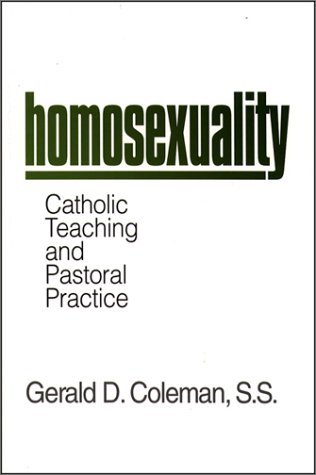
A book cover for Homosexuality: Catholic Teaching and Pastoral Practice; Gerald Coleman; Gay & Lesbian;